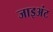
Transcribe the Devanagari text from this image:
जाइअंट